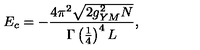
E _ { c } = - \frac { 4 \pi ^ { 2 } \sqrt { 2 g _ { Y M } ^ { 2 } N } } { \Gamma \left( \frac { 1 } { 4 } \right) ^ { 4 } L } ,